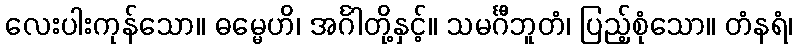
လေးပါးကုန်သော။ ဓမ္မေဟိ၊ အင်္ဂါတို့နှင့်။ သမင်္ဂီဘူတံ၊ ပြည့်စုံသော။ တံနရံ၊